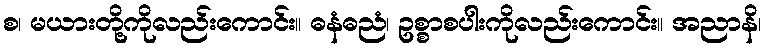
စ၊ မယားတို့ကိုလည်းကောင်း။ ဓနံဓညံ၊ ဥစ္စာစပါးကိုလည်းကောင်း။ အညာနိ၊